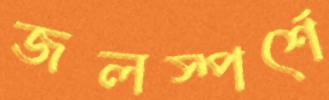
জলস্পর্শে